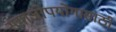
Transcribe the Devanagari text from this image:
समाजोपयोगासाठी